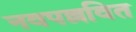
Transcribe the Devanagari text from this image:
नवपल्लवित